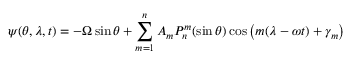
\psi ( \theta , \lambda , t ) = - \Omega \sin \theta + \sum _ { m = 1 } ^ { n } A _ { m } P _ { n } ^ { m } ( \sin \theta ) \cos \left( m ( \lambda - \omega t ) + \gamma _ { m } \right)